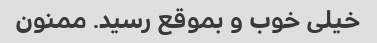
خیلی خوب و بموقع رسید. ممنون